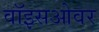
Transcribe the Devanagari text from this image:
वॉइसओवर